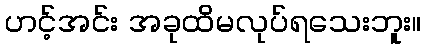
ဟင့်အင်း အခုထိမလုပ်ရသေးဘူး။